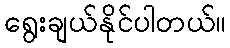
ရွေးချယ်နိုင်ပါတယ်။